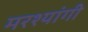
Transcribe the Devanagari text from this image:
मरश्यांगी